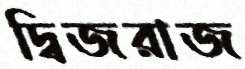
দ্বিজরাজ